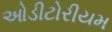
ઓડીટોરીયમ